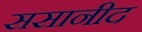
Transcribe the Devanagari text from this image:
ससानीद